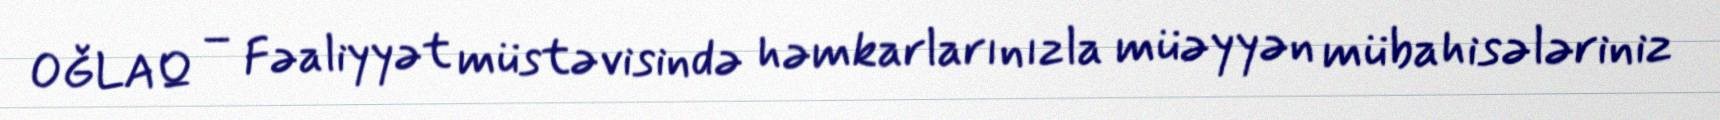
OĞLAQ – Fəaliyyət müstəvisində həmkarlarınızla müəyyən mübahisələriniz